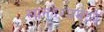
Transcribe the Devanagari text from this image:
खानदेशामध्ये